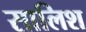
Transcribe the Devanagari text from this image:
सालिश